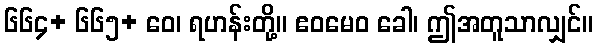
၆၆၄+ ၆၆၅+ ဝေ၊ ရဟန်းတို့။ ဧဝမေဝ ခေါ၊ ဤအတူသာလျှင်။